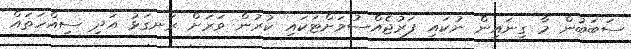
ސަބަބުން މާ ގިނައިން ނުކައި ފަރުޖެއްސުމަށްޓަކައި ކުރުން ވަރަށް ރަނގަޅު އަދި ސިއްހަތައް